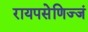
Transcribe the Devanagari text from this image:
रायपसेणिज्जं